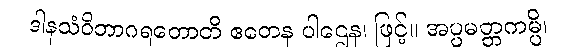
ဒါနသံဝိဘာဂရတောတိ ဧတေန ပါဌေန၊ ဖြင့်။ အပ္ပမတ္တကမ္ပိ၊